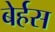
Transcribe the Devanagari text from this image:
बेर्हस